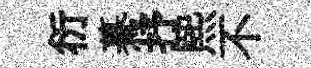
衍驀抒煕不